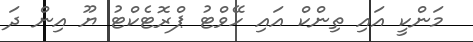
މަންކީ އައި ތިންކް އައި ހޭވްޓު ޕްރޮޓެކްޓު ޔޫ އިން ދަ